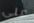
على